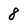
Character: 8